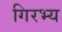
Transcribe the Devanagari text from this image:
गिरभ्य